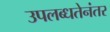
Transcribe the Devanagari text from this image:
उपलब्धतेनंतर